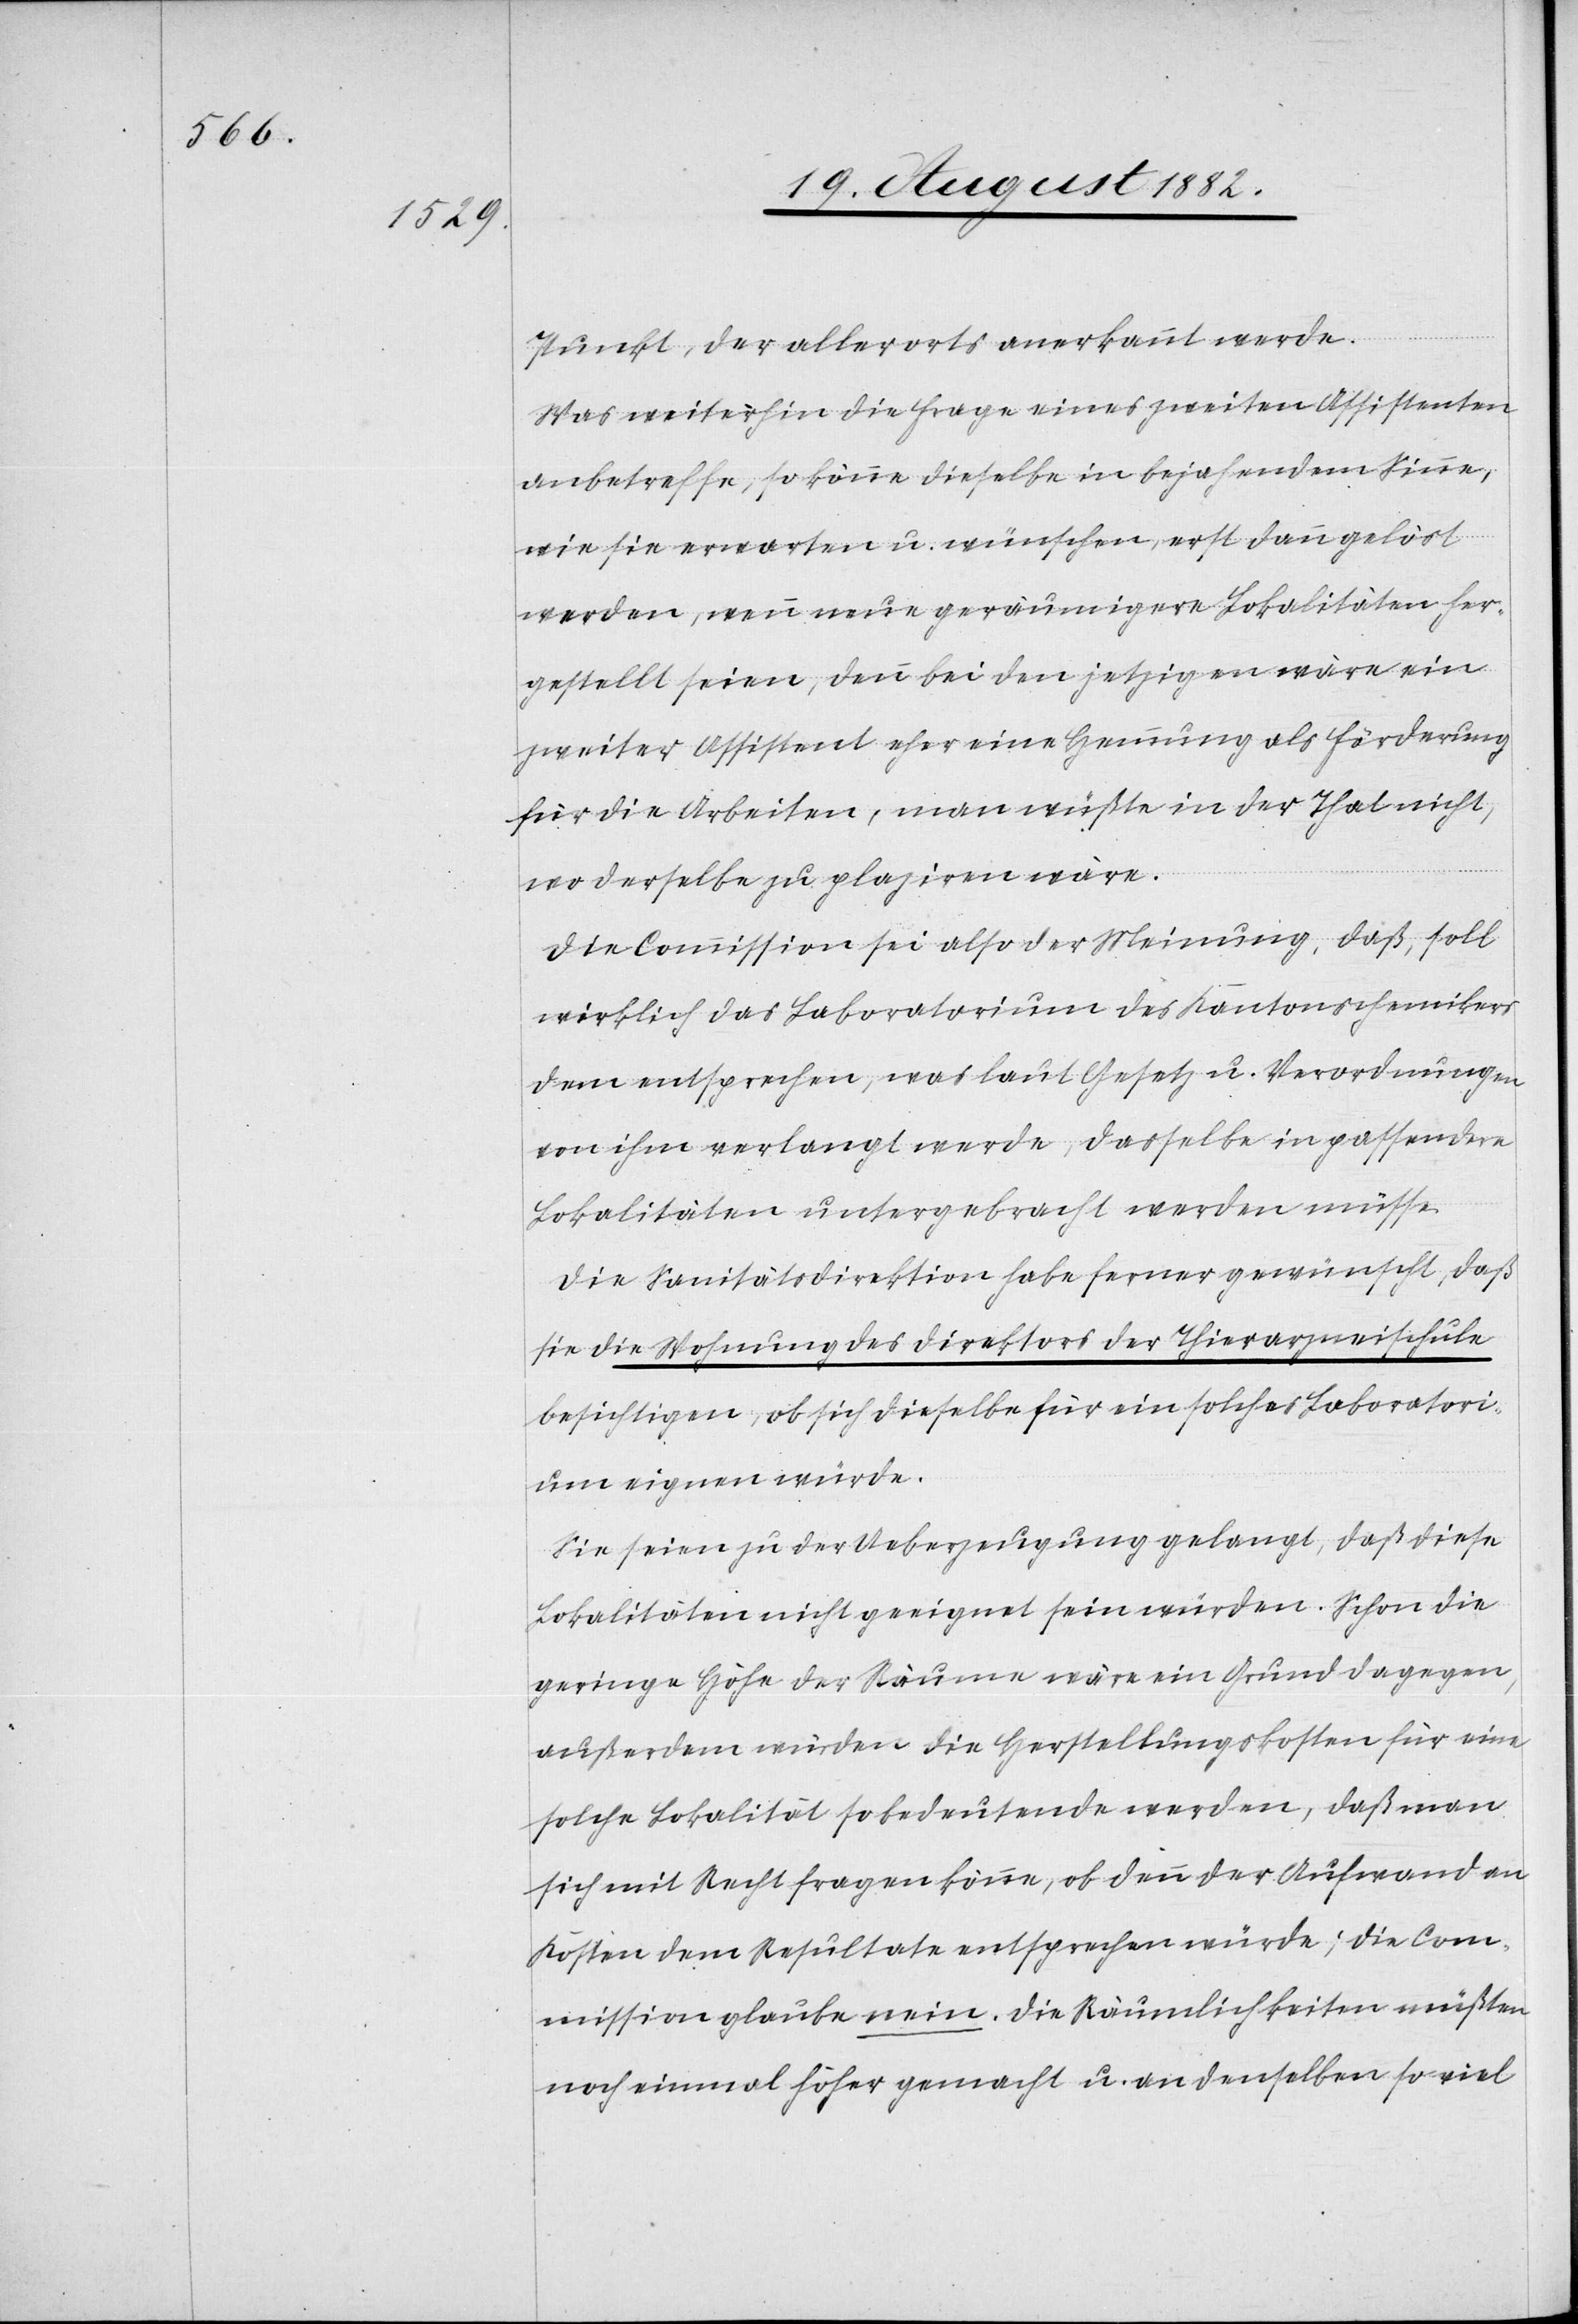
Punkt, der allerorts anerkannt werde.
Was weiterhin die Frage eines zweiten Assistenten
anbetreffe, so könne dieselbe in bejahendem Sinne,
wie sie erwarten u. wünschen, erst dann gelöst
werden, wenn neue geräumigere Lokalitäten her¬
gestellt seien, denn bei den jetzigen wäre ein
zweiter Assistent eher eine Hemmung als Förderung
für die Arbeiten, man wüßte in der That nicht,
wo derselbe zu plaziren wäre.
Die Commission sei also der Meinung, daß, soll
wirklich das Laboratorium des Kantonschemikers
dem entsprechen, was laut Gesetz u. Verordnungen
von ihm verlangt werde, dasselbe in passendere
Lokalitäten untergebracht werden müsse.
Die Sanitätsdirektion habe ferner gewünscht, daß
sie die Wohnung des Direktors der Thierarzneischule
besichtigen, ob sich dieselbe für ein solches Laboratori¬
um eignen würde.
Sie seien zu der Ueberzeugung gelangt, daß diese
Lokalitäten nicht geeignet sein würden. Schon die
geringe Höhe der Räume wäre ein Grund dagegen,
außerdem würden die Herstellungskosten für eine
solche Lokalität so bedeutende werden, daß man
sich mit Recht fragen könne, ob denn der Aufwand an
Kosten dem Resultate entsprechen würde; die Com¬
mission glaube nein. Die Räumlichkeiten müßten
noch einmal höher gemacht u. an denselben so viel